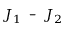
{ { J } _ { 1 } } \texttt { - } { { J } _ { 2 } }